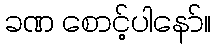
ခဏ စောင့်ပါနော်။